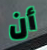
أن